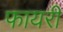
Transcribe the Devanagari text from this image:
फायरी